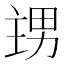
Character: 𭻙